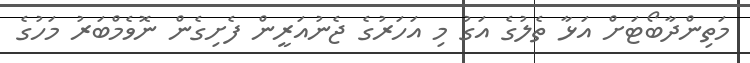
މަތިންދާބޯޓަށް އަޅާ ތެލުގެ އަގު މި އަހަރުގެ ޖެނުއަރީން ފެށިގެން ނޮވެމްބަރު މަހުގެ